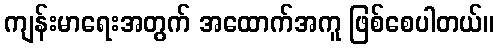
ကျန်းမာရေးအတွက် အထောက်အကူ ဖြစ်စေပါတယ်။